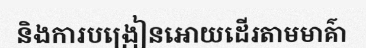
និងការបង្រៀនអោយដើរតាមមាគ៌ា